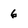
Character: 6